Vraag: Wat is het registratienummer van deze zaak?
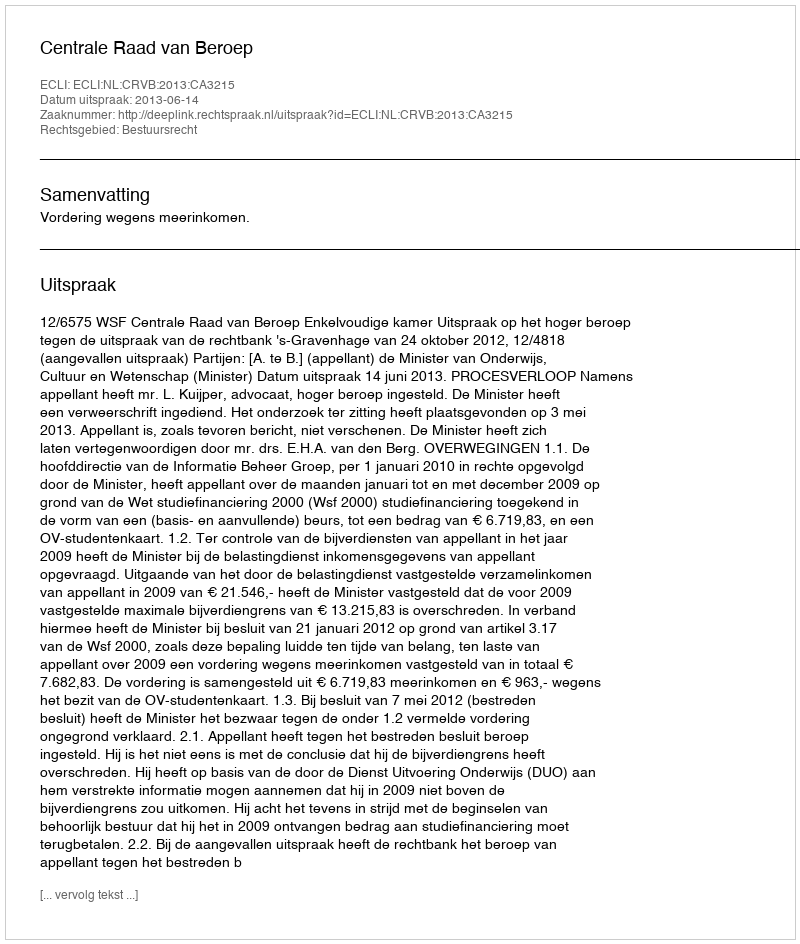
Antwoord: http://deeplink.rechtspraak.nl/uitspraak?id=ECLI:NL:CRVB:2013:CA3215